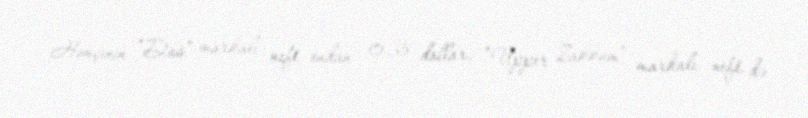
Həmçinin “Das” markalı neft ondan 0,35 dollar, “Upper Zakkum” markalı neft də